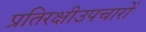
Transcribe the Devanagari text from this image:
प्रतिरक्षीउपचारों